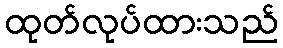
ထုတ်လုပ်ထားသည်